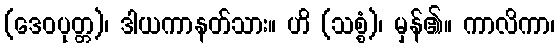
(ဒေဝပုတ္တ)၊ ဒါယကာနတ်သား။ ဟိ (သစ္စံ)၊ မှန်၏။ ကာလိကာ၊